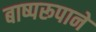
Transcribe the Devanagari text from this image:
बाष्परूपाने